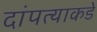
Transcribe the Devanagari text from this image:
दांपत्याकडे